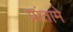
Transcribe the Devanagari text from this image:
प्रांतामे